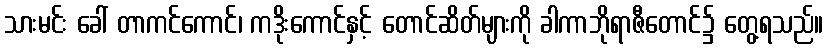
သားမင်း ခေါ် တာကင်ကောင်၊ ကဒိုးကောင်နှင့် တောင်ဆိတ်များကို ခါကာဘိုရာဇီတောင်၌ တွေ့ရသည်။